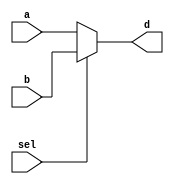
module MUX2x1#(parameter WIDTH = 64)(a, b, sel, d);
	input [WIDTH-1:0] a, b;
    input sel;
    output reg [WIDTH-1:0] d;

    always @(sel, a, b) begin
        if (sel == 1) begin
            d <= b;
        end 
        else begin
            d <= a;
        end
    end

endmodule

// MUX2x1 needs to be tested